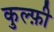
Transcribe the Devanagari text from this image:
कुल्फ़ी